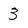
Character: 3